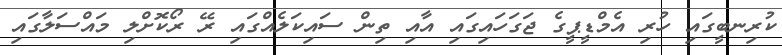
ކުރިނބީގައި ހުރި އެމްޑީޕީގެ ޖަގަހައިގައި އާއި ތިން ސައިކަލެއްގައި ރޭ ރޯކޮށްލި މައްސަލާގައި